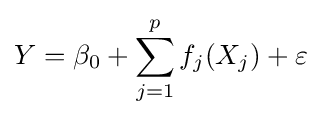
Y=\beta _{0}+\sum _{j=1}^{p}f_{j}(X_{j})+\varepsilon